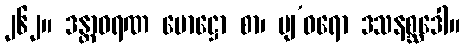
၂၆၂။ ဒန္တာဝရဏ မောဋ္ဌော စာ၊ ပျ’ဓရော ဒသနစ္ဆဒေါ။